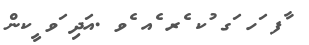
ާފ ަހ ަގ ުކ ެރ ެއ ެވ .އަދި ަވ ީކން